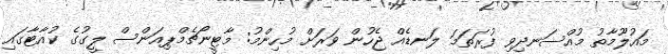
މައުލޫމާތު މުއްސަނދިވި ފުރަތަމަ ލަނޑެއް ޖެހުން ވަރަށް މުހިންމު: މާޓީނޯޗެމްޕިއަންސް ލީގުގެ ކުއާޓާގައި